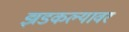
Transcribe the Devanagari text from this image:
झडकल्यावर